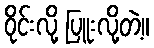
ဝိုင်းလို့ ပြူးလို့တဲ့။